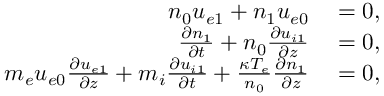
\begin{array} { r l } { n _ { 0 } u _ { e 1 } + n _ { 1 } u _ { e 0 } } & { { } = 0 , } \\ { \frac { \partial n _ { 1 } } { \partial t } + n _ { 0 } \frac { \partial u _ { i 1 } } { \partial z } } & { { } = 0 , } \\ { m _ { e } u _ { e 0 } \frac { \partial u _ { e 1 } } { \partial z } + m _ { i } \frac { \partial u _ { i 1 } } { \partial t } + \frac { \kappa T _ { e } } { n _ { 0 } } \frac { \partial n _ { 1 } } { \partial z } } & { { } = 0 , } \end{array}